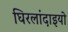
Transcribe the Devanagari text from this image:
घिरलांदाइयो